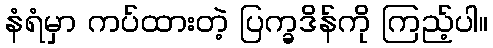
နံရံမှာ ကပ်ထားတဲ့ ပြက္ခဒိန်ကို ကြည့်ပါ။